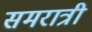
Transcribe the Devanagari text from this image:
समरात्री